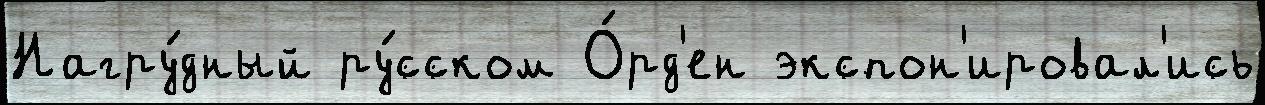
Нагру́дный ру́сском О́рд'ен экспон'ировал'ись